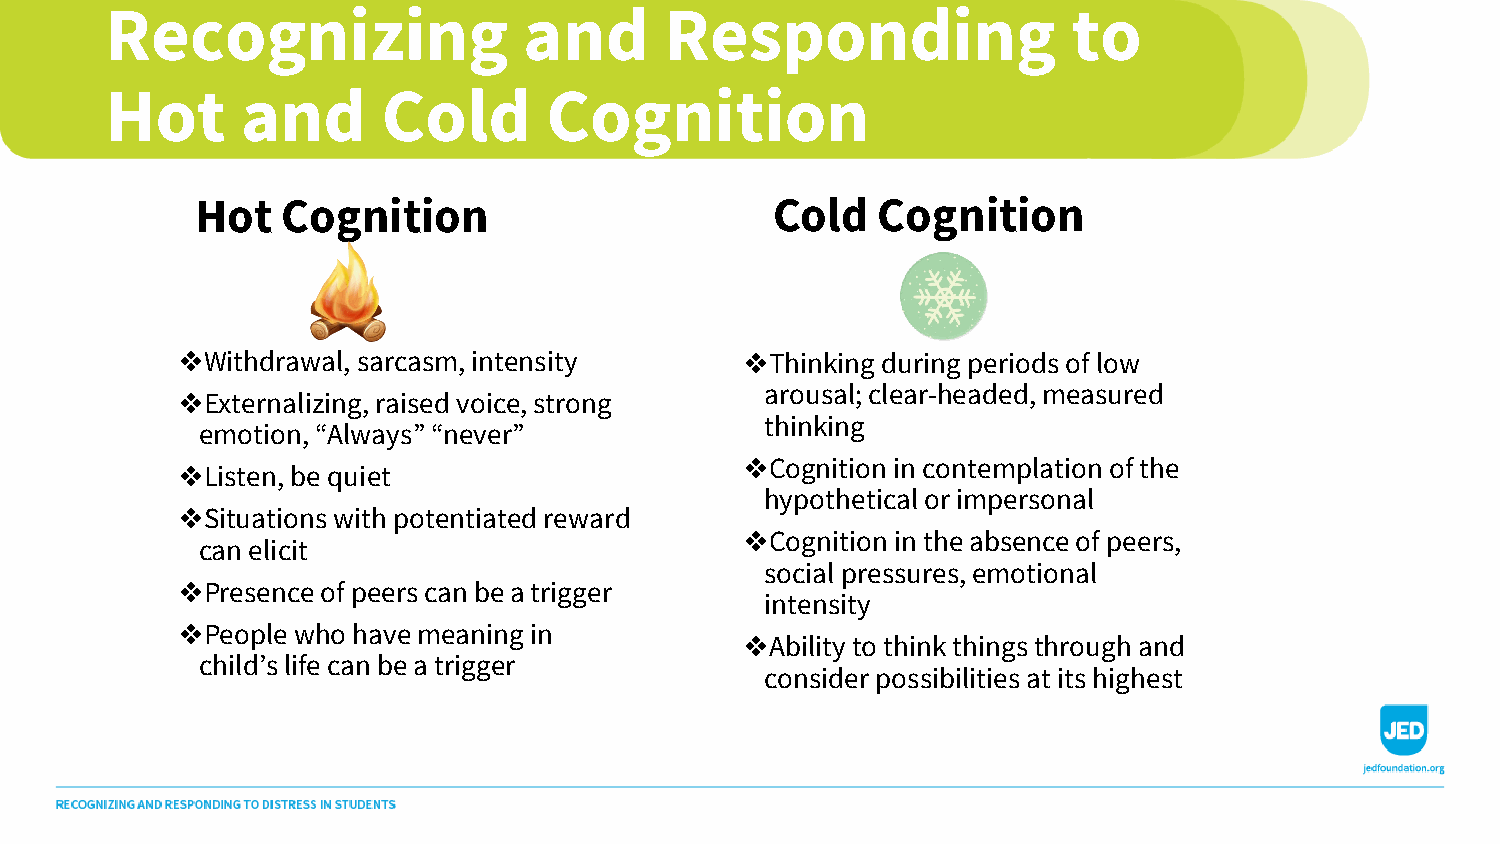
Recognizing                 and      Responding                 to
 Hot      and      Cold       Cognition
 Hot   Cognition                       Cold   Cognition
 Withdrawal, sarcasm, intensity        Thinking during periods of low
 ❖                                    ❖
 arousal; clear-headed, measured
 Externalizing, raised voice, strong
 ❖
 thinking
 emotion, “Always” “never”
 Cognition in contemplation of the
 Listen, be quiet                    ❖
 ❖
 hypothetical or impersonal
 Situations with potentiated reward
 ❖
 Cognition in the absence of peers,
 can elicit                          ❖
 social pressures, emotional
 Presence of peers can be a trigger
 ❖                                      intensity
 People who have meaning in
 ❖                                      Ability to think things through and
 child’s life can be a trigger       ❖
 consider possibilities at its highest